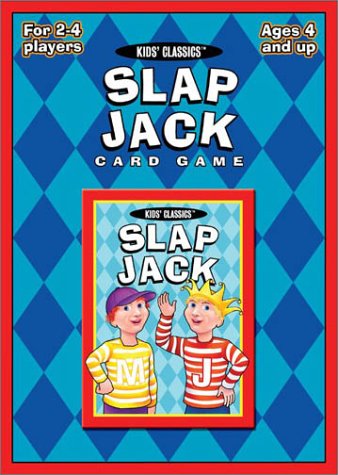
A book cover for Slap Jack Card Game; Us Games Systems; Humor & Entertainment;